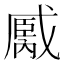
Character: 𢧿